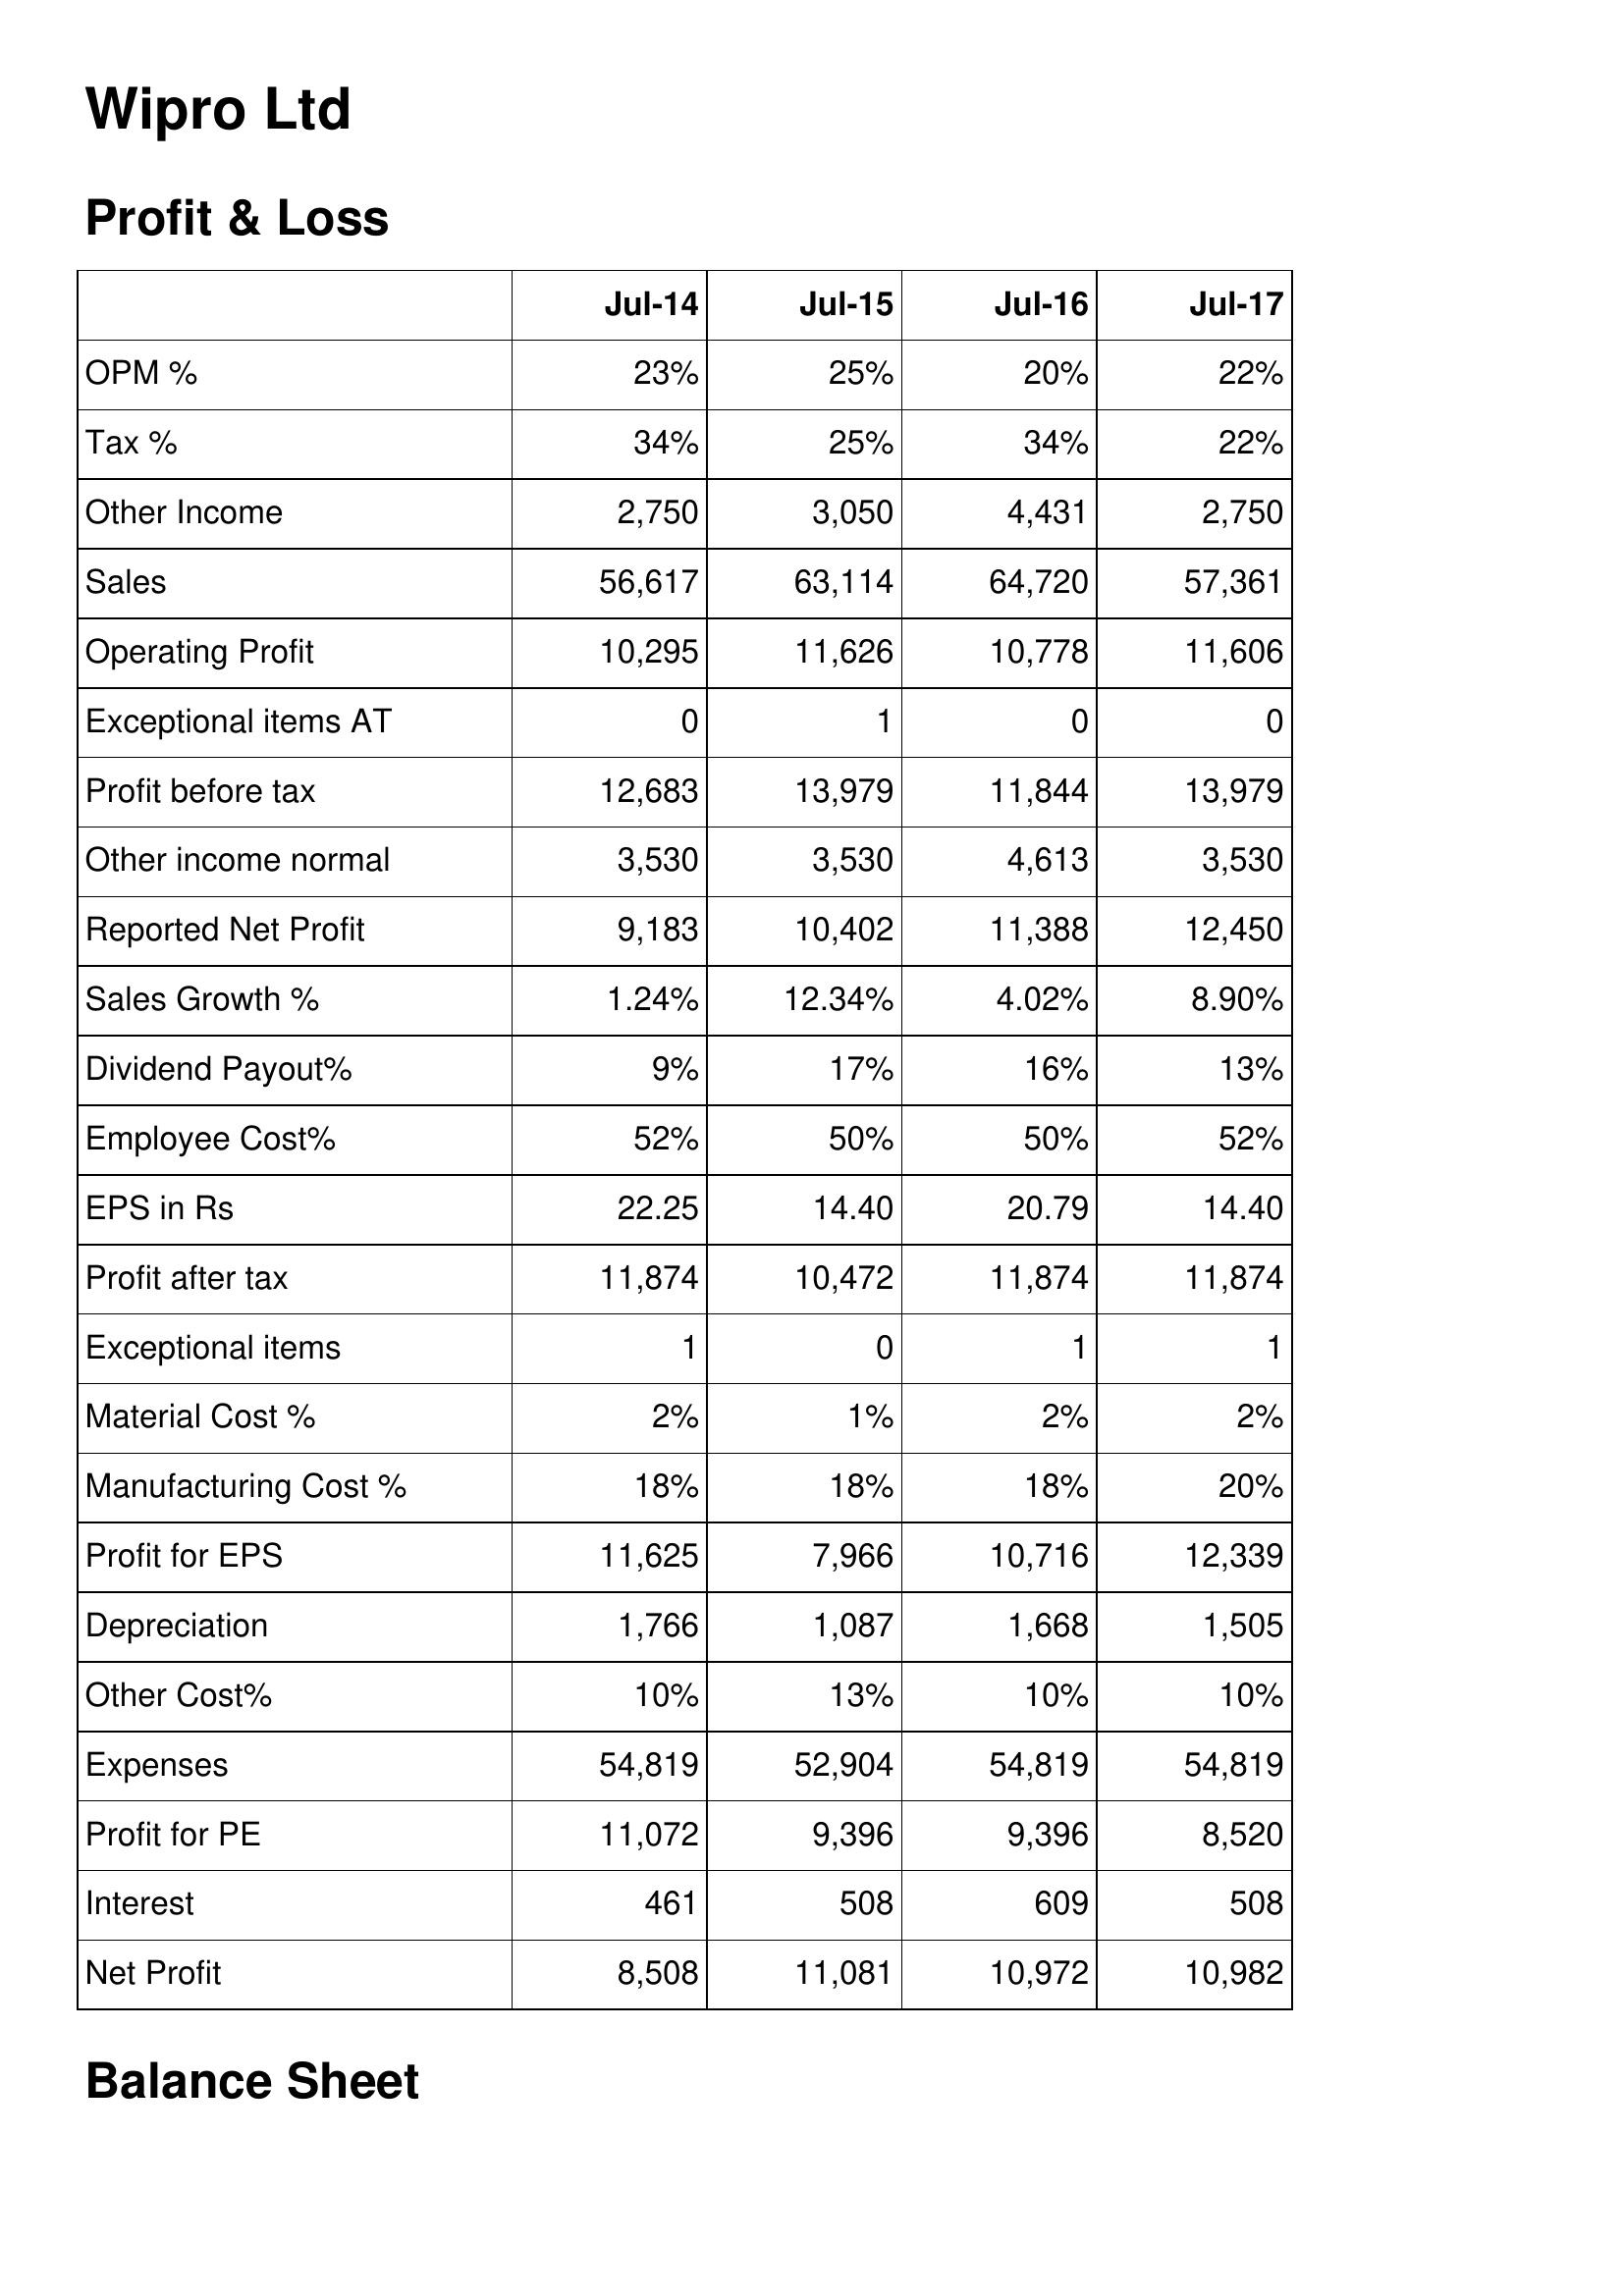
Jul-14: Profit & Loss: OPM %: 23%
Tax %: 34%
Other Income: 2,750
Sales: 56,617
Operating Profit: 10,295
Exceptional items AT: 0
Profit before tax: 12,683
Other income normal: 3,530
Reported Net Profit: 9,183
Sales Growth %: 1.24%
Dividend Payout%: 9%
Employee Cost%: 52%
EPS in Rs: 22.25
Profit after tax: 11,874
Exceptional items: 1
Material Cost %: 2%
Manufacturing Cost %: 18%
Profit for EPS: 11,625
Depreciation: 1,766
Other Cost%: 10%
Expenses: 54,819
Profit for PE: 11,072
Interest: 461
Net Profit: 8,508
Jul-15: Profit & Loss: OPM %: 25%
Tax %: 25%
Other Income: 3,050
Sales: 63,114
Operating Profit: 11,626
Exceptional items AT: 1
Profit before tax: 13,979
Other income normal: 3,530
Reported Net Profit: 10,402
Sales Growth %: 12.34%
Dividend Payout%: 17%
Employee Cost%: 50%
EPS in Rs: 14.40
Profit after tax: 10,472
Exceptional items: 0
Material Cost %: 1%
Manufacturing Cost %: 18%
Profit for EPS: 7,966
Depreciation: 1,087
Other Cost%: 13%
Expenses: 52,904
Profit for PE: 9,396
Interest: 508
Net Profit: 11,081
Jul-16: Profit & Loss: OPM %: 20%
Tax %: 34%
Other Income: 4,431
Sales: 64,720
Operating Profit: 10,778
Exceptional items AT: 0
Profit before tax: 11,844
Other income normal: 4,613
Reported Net Profit: 11,388
Sales Growth %: 4.02%
Dividend Payout%: 16%
Employee Cost%: 50%
EPS in Rs: 20.79
Profit after tax: 11,874
Exceptional items: 1
Material Cost %: 2%
Manufacturing Cost %: 18%
Profit for EPS: 10,716
Depreciation: 1,668
Other Cost%: 10%
Expenses: 54,819
Profit for PE: 9,396
Interest: 609
Net Profit: 10,972
Jul-17: Profit & Loss: OPM %: 22%
Tax %: 22%
Other Income: 2,750
Sales: 57,361
Operating Profit: 11,606
Exceptional items AT: 0
Profit before tax: 13,979
Other income normal: 3,530
Reported Net Profit: 12,450
Sales Growth %: 8.90%
Dividend Payout%: 13%
Employee Cost%: 52%
EPS in Rs: 14.40
Profit after tax: 11,874
Exceptional items: 1
Material Cost %: 2%
Manufacturing Cost %: 20%
Profit for EPS: 12,339
Depreciation: 1,505
Other Cost%: 10%
Expenses: 54,819
Profit for PE: 8,520
Interest: 508
Net Profit: 10,982